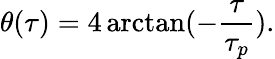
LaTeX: \theta(\tau)=4\arctan(-\frac{\tau}{\tau_{p}}).